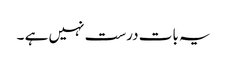
یہ بات درست نہیں ہے ۔